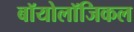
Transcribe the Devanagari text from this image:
बॉयोलॉजिकल